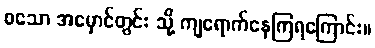
စသော အမှောင်တွင်း သို့ ကျရောက်နေကြရကြောင်း။